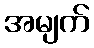
အမျက်